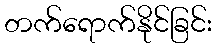
တက်ရောက်နိုင်ခြင်း